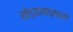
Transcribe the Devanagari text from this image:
खेड्यापाड्यातले